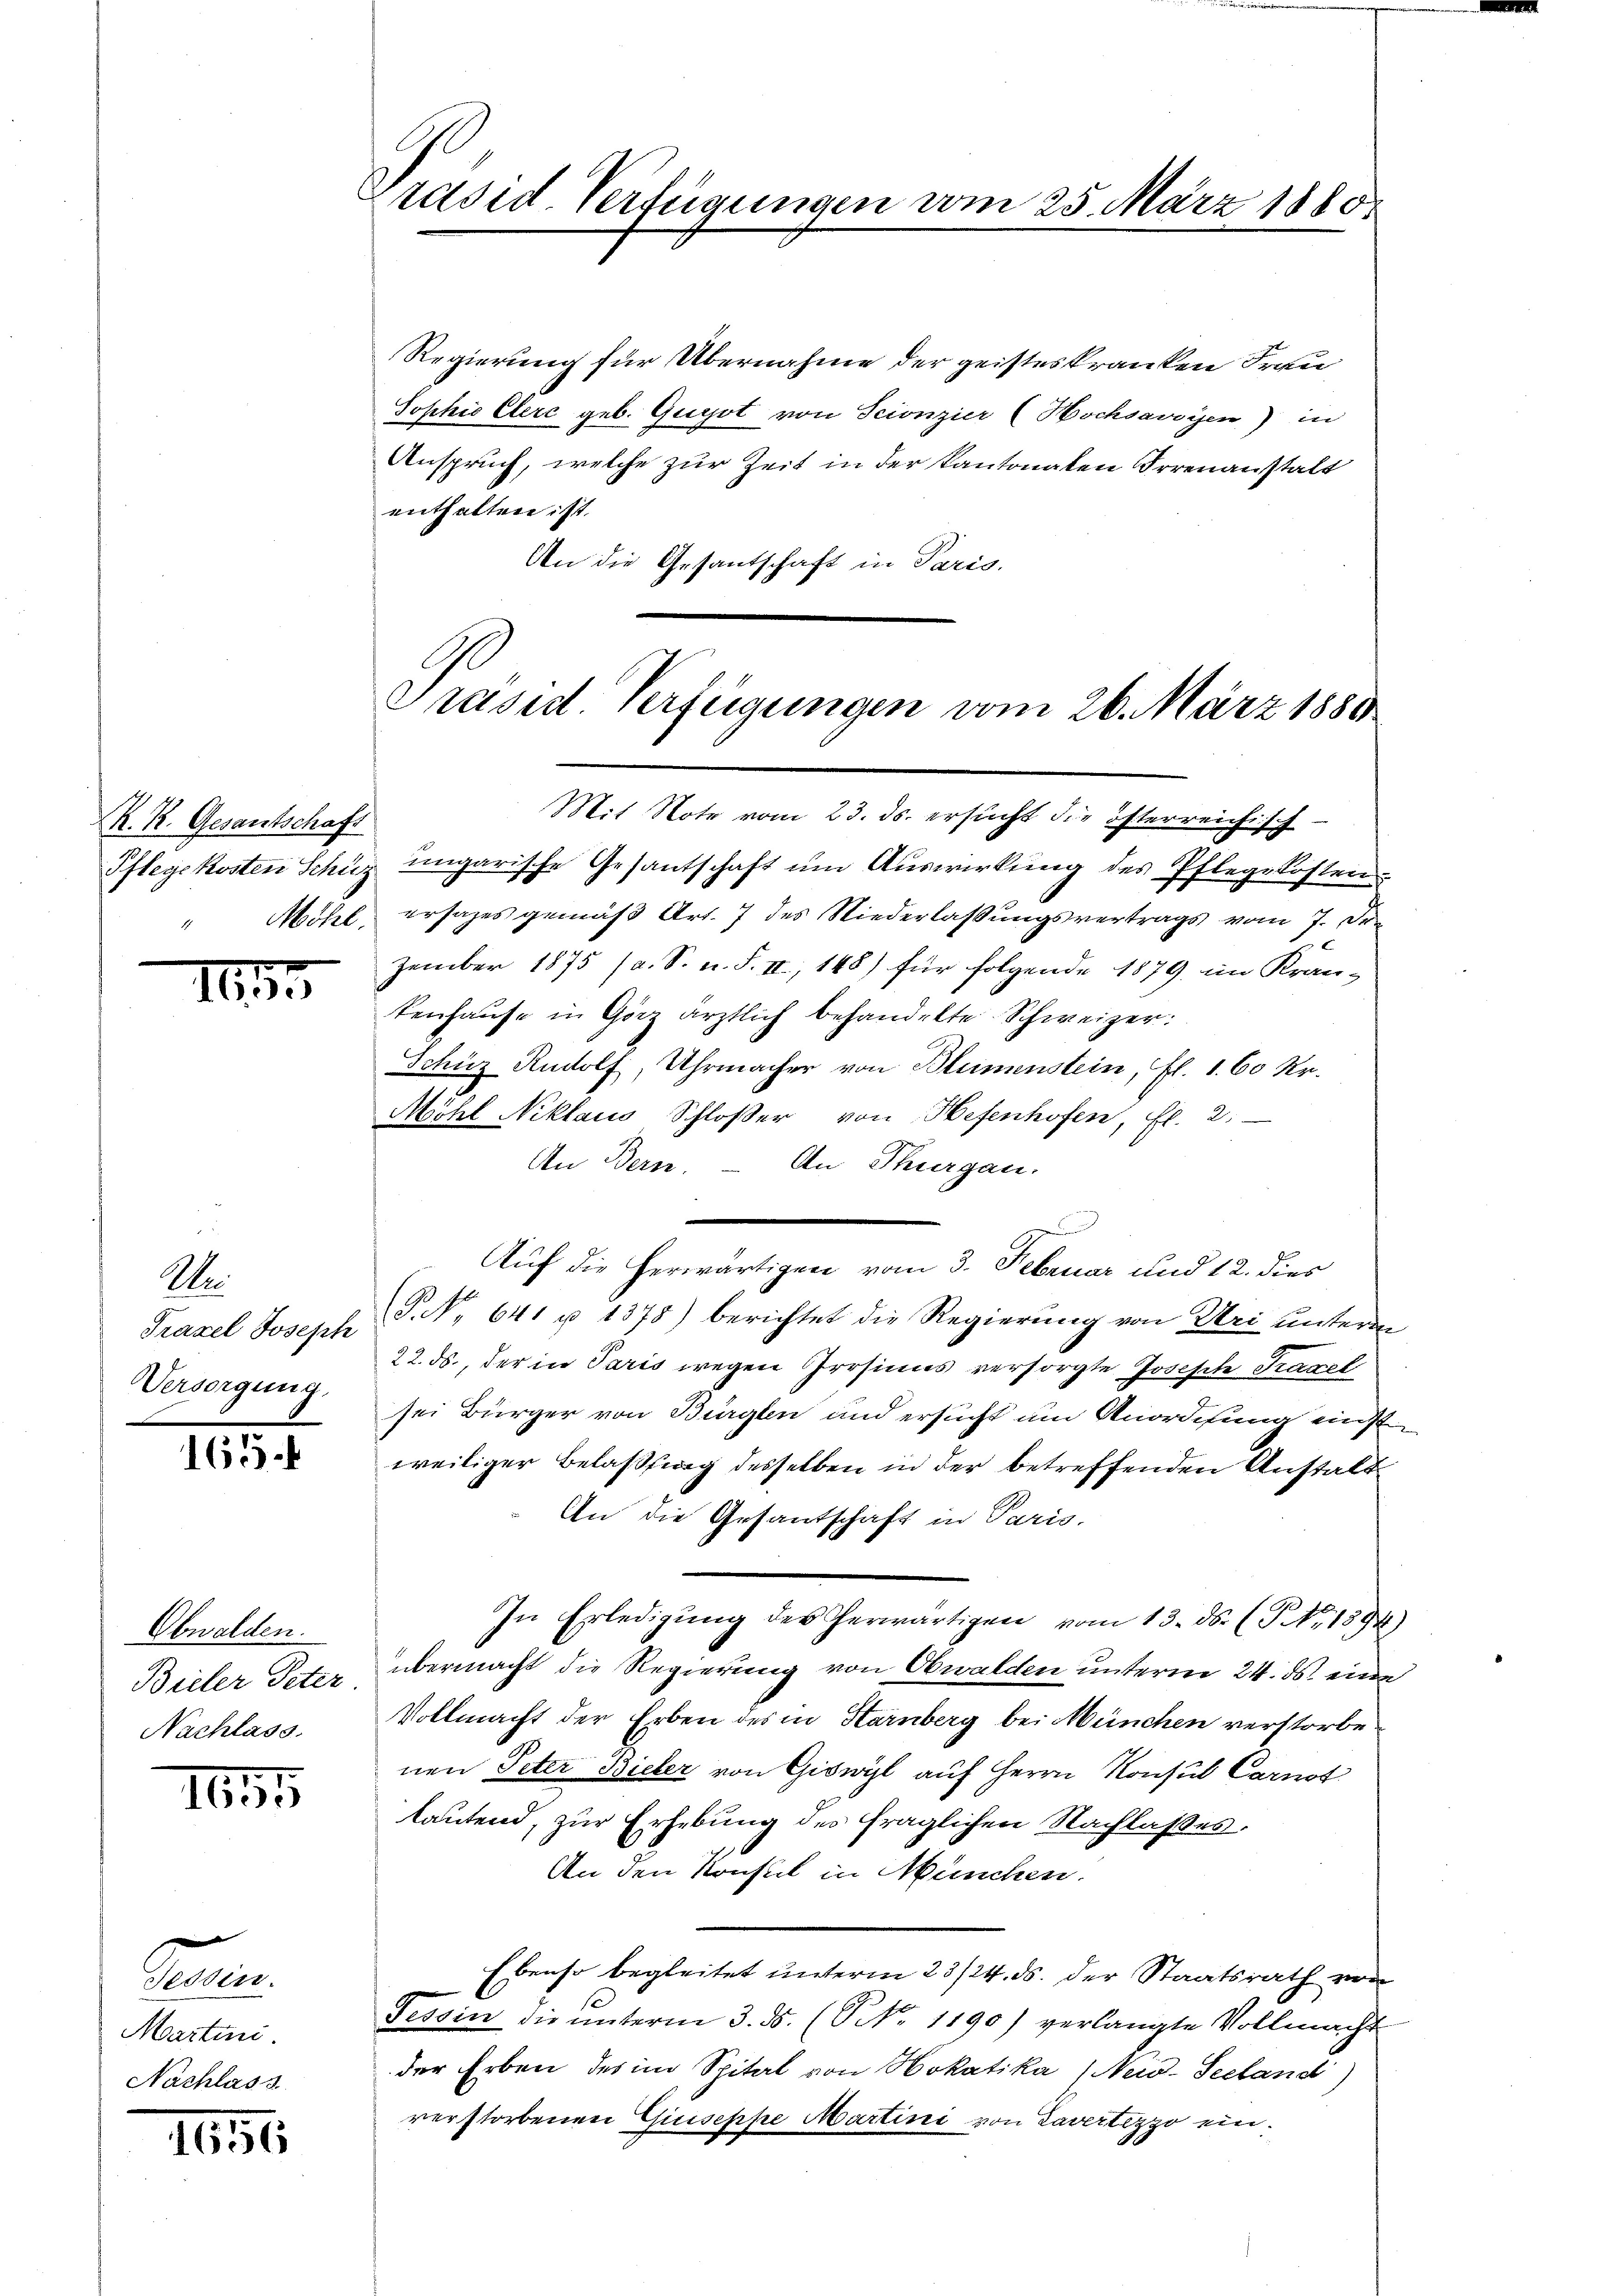
K. R. Gesantschaft
Möhl.
t

13

We
Traxel Joseph
Versorgung

1f

Obwalden.
Bieler Peter.
Nachlass.

1655

e
Tessin.
Martini.
Nachlass

116

Präsid-Verfügungen vom 25. März 1880.

Regierung für Übernahme der geisteskranken Frau
Sophie Clerc geb. Gugot von Scionzier (Hochsavoyen) in
Anspruch, welche zur Zeit in der Kantonalen Irrenanstalt
enthalten ist.
An die Gesantschaft in Paris.

Präsid. Verfügungen vom 26. März 1889

Mit Note vom 23. ds. ersucht die österreichisch-
Pflegekosten Schüz ungarische Gesantschaft um Auswirkung des Pflegekosten
ersatzes gemäß Art. 7 des Niederlassungsvertrags vom 7. De
zember 1875 (a. S. n. F. II, 148) für folgende 1879, im Krankenhause in Görz ärztlich behandelte Schweizer:
Schüz Rudolf, Uhrmacher von Blumenstein, fl. 1. 60 Kr.
Möhl Niklaus Schloßer von Hefenhofen, fl. 2.
An Bern.
An Thurgau.
.
Auf die herwärtigen vom 3. Februar und 12. dies
P. Nr. 641 u 1378) berichtet die Regierung von Uri unterm
22. ds., der in Paris wegen Prosinns versorgte Joseph Tracel
sei Bürger von Bürglen und ersucht um Anordnung einst
weiliger Belassung desselben in der betreffenden Anstalt
An die Gesantschaft in Paris,
In Erledigŭng des herwärtigen vom 13. ds. (T. Nr. 1894)
übermacht die Regierung von Obwalden unterm 24. ds. eine
Vollmacht der Erben des in Harnberg bei München verstorbe
nen Peter Bieler von Giswyl auf Herrn Konsul Carnot
lautend, zur Erhebung des fraglichen Nachlasses.
An den Konsul in München.
Ebenso begleitet unterm 23/24. ds. der Staatsrath von
Tessin die ŭnterm 3. ds. (NNo. 1190) verlangte Vollmacht
der Erben des im Spital von Hokatika (Neio-Seeland)
verstorbenen Guiseppe Martini von Tavertezzo ein¬